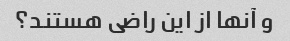
و آنها از این راضی هستند؟